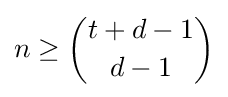
n\geq {t+d-1 \choose d-1}